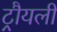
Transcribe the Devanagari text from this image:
ट्रौयली